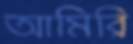
আমিরি